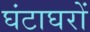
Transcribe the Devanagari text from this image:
घंटाघरों